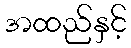
အထည်နှင့်